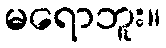
မရောဘူး။